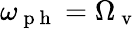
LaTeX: \omega_{\mathrm{~p~h~}}=\Omega_{\mathrm{~v~}}